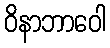
ဝိနာဘာဝေါ